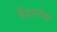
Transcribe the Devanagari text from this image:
हैडस्टॉक